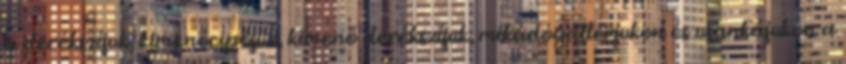
a derékszíjuk, kimenőcipőjük, kimenő derékszíjuk, mikádógallérjukon és usankájukon a